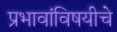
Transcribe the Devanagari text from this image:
प्रभावांविषयीचे